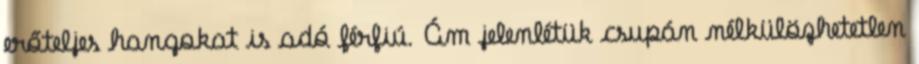
erőteljes hangokat is adó férfiú. Ám jelenlétük csupán nélkülözhetetlen